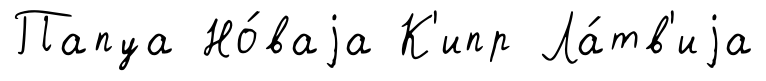
Папуа Но́ваjа К'ипр Ла́тв'иjа